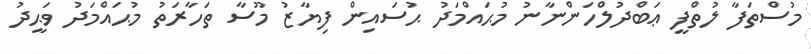
މުސްތަފާ ލުތްފީ ޢަބްދުލްހަންނާނު މުޙައްމަދު ޙުސައިން ފިޔާޒު މޫސާ ތަހާރަތު މުޙައްމަދު ވަޙީދު